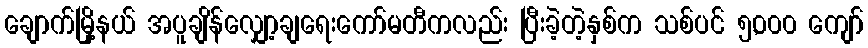
ချောက်မြို့နယ် အပူချိန်လျှော့ချရေးကော်မတီကလည်း ပြီးခဲ့တဲ့နှစ်က သစ်ပင် ၅,၀၀၀ ကျော်